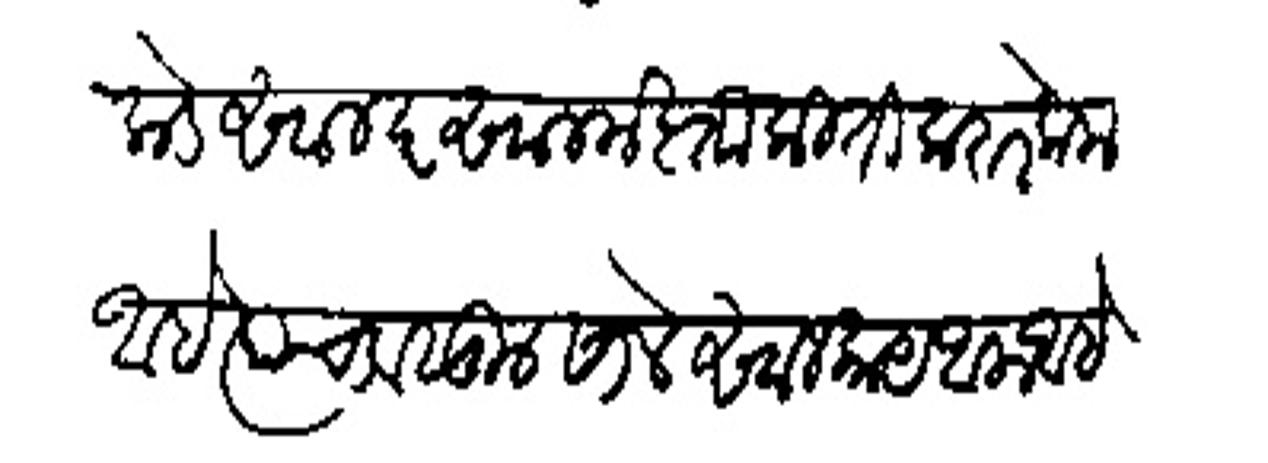
Transliteration (Devanagari): कडे साल दरसाल मह्ता किती करार केला आहे स्याचा वसूल सालेसाल काय आला आहे